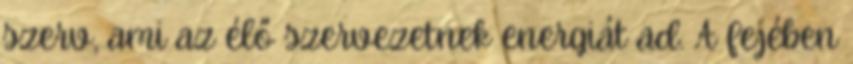
szerv, ami az élő szervezetnek energiát ad. A fejében